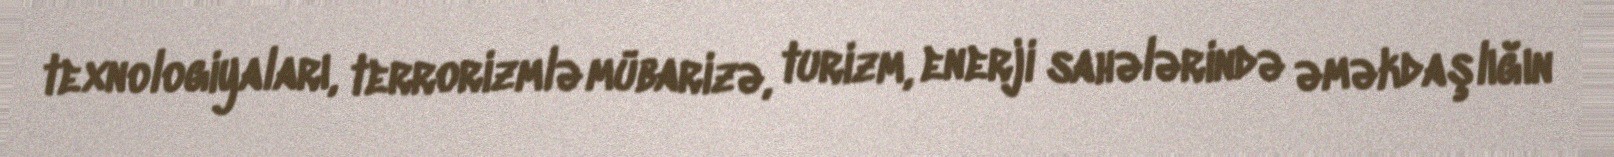
texnologiyaları, terrorizmlə mübarizə, turizm, enerji sahələrində əməkdaşlığın